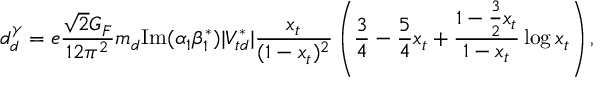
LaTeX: d _ { d } ^ { \gamma } = e \frac { \sqrt { 2 } G _ { F } } { 1 2 \pi ^ { 2 } } m _ { d } \mathrm { I m } ( \alpha _ { 1 } \beta _ { 1 } ^ { * } ) | V _ { t d } ^ { * } | \frac { x _ { t } } { ( 1 - x _ { t } ) ^ { 2 } } \left( \frac { 3 } { 4 } - \frac { 5 } { 4 } x _ { t } + \frac { 1 - \frac { 3 } { 2 } x _ { t } } { 1 - x _ { t } } \log x _ { t } \right) ,